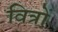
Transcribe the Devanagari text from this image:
वित्रों